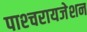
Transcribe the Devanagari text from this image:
पाश्‍चरायजेशन